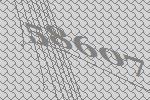
58607